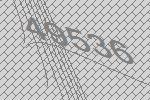
49536